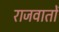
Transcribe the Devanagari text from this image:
राजवातों